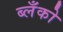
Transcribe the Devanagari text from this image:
ब्लँको